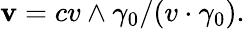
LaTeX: \mathbf{v}=cv\wedge\gamma_{0}/(v\cdot\gamma_{0}).